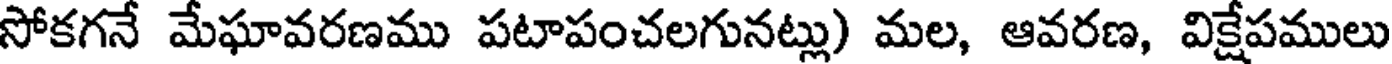
సోకగనే మేఘావరణము పటాపంచలగునట్లు) మల, ఆవరణ, విక్షేపములు